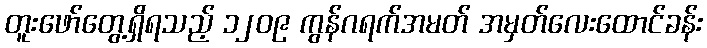
တူးဖော်တွေ့ရှိရသည့် ၁၂၀၉ ကွန်ဂရက်အမတ် အမှတ်လေးထောင်ခန်း